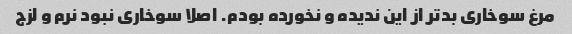
مرغ سوخاری بدتر از این ندیده و نخورده بودم. اصلا سوخاری نبود نرم و لزج